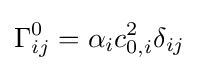
\Gamma _{ij}^{0}=\alpha _{i}c_{0,i}^{2}\delta _{ij}